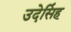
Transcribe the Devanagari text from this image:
उदेसिंह